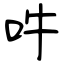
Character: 吽